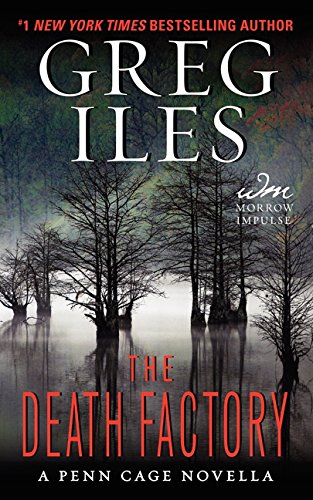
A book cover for The Death Factory: A Penn Cage Novella (Penn Cage Novels); Greg Iles; Literature & Fiction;